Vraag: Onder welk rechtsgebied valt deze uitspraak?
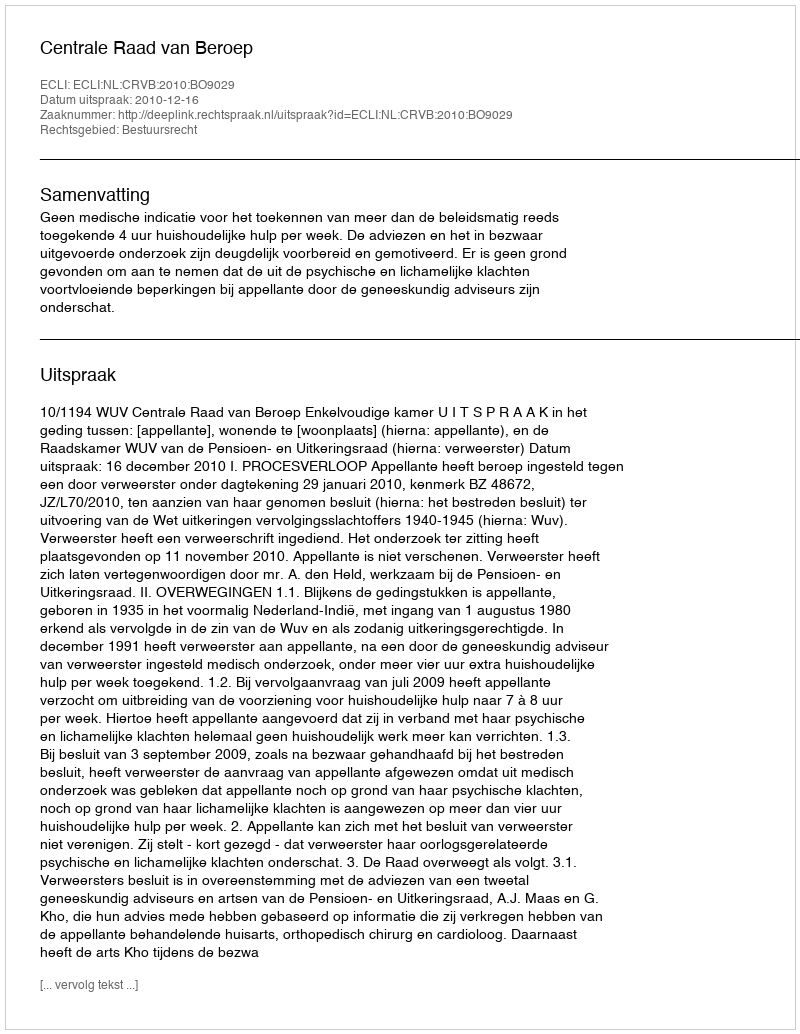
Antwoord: Bestuursrecht